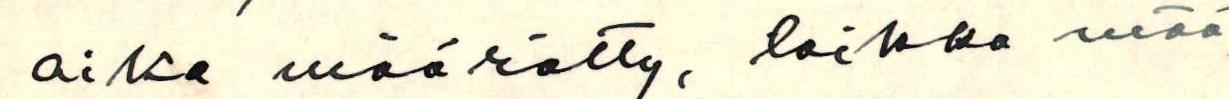
aika määrätty, taikka mää-